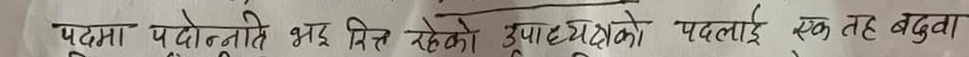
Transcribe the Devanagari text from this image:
पद्मा पदोन्नति भए मित रहेको उपाध्यक्षको पत्नाई एक तह बढुवा